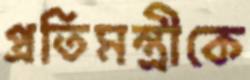
প্রতিমন্ত্রীকে